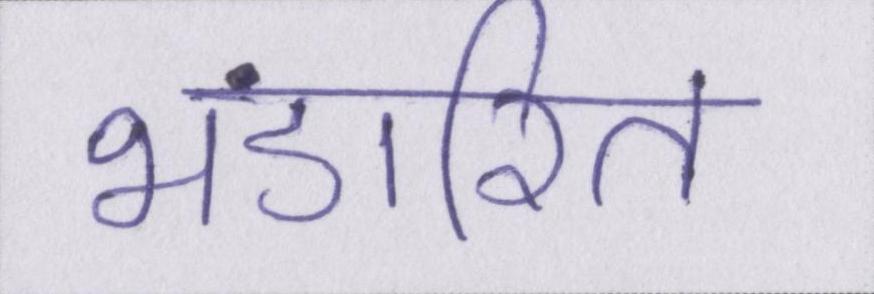
भंडारित